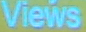
Views